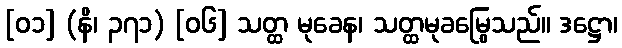
[၀၁] (နိ၊ ၃၇၁) [၀၆] သတ္ထ မုခေန၊ သတ္ထမုခမြွေသည်။ ဒဋ္ဌော၊